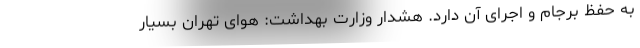
به حفظ برجام و اجرای آن دارد. هشدار وزارت بهداشت: هوای تهران بسیار